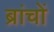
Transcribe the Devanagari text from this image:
ब्रांचों